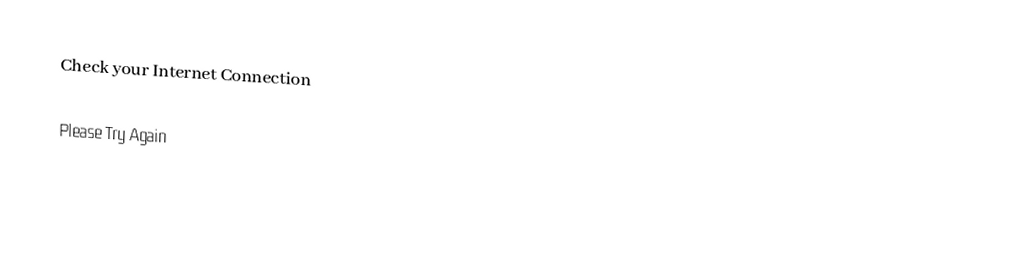
Check your Internet Connection

Please Try Again